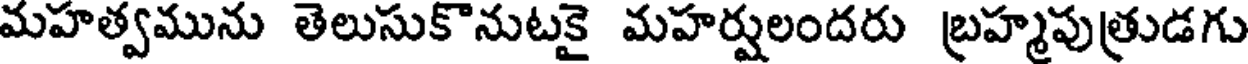
మహత్వమును తెలుసుకొనుటకై మహర్షులందరు బ్రహ్మపుత్రుడగు